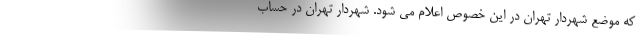
که موضع شهردار تهران در این خصوص اعلام می شود. شهردار تهران در حساب